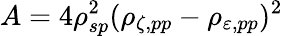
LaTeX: A=4\rho_{sp}^{2}(\rho_{\zeta,pp}-\rho_{\varepsilon,pp})^{2}